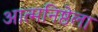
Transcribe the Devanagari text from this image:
आत्मनिष्ठेला